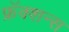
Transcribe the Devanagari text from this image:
फ्रॅक्शन्स